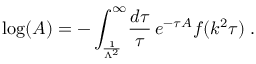
\mathrm { l o g } ( A ) = - \int _ { \frac { 1 } { \Lambda ^ { 2 } } } ^ { \infty } \! \frac { d \tau } { \tau } \, e ^ { - \tau A } f ( k ^ { 2 } \tau ) \; .